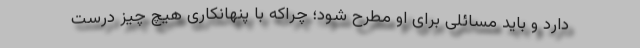
دارد و باید مسائلی برای او مطرح شود؛ چراکه با پنهانکاری هیچ چیز درست